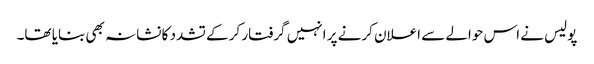
پولیس نے اس حوالے سے اعلان کرنے پر انہیں گرفتار کر کے تشدد کا نشانہ بھی بنایا تھا۔